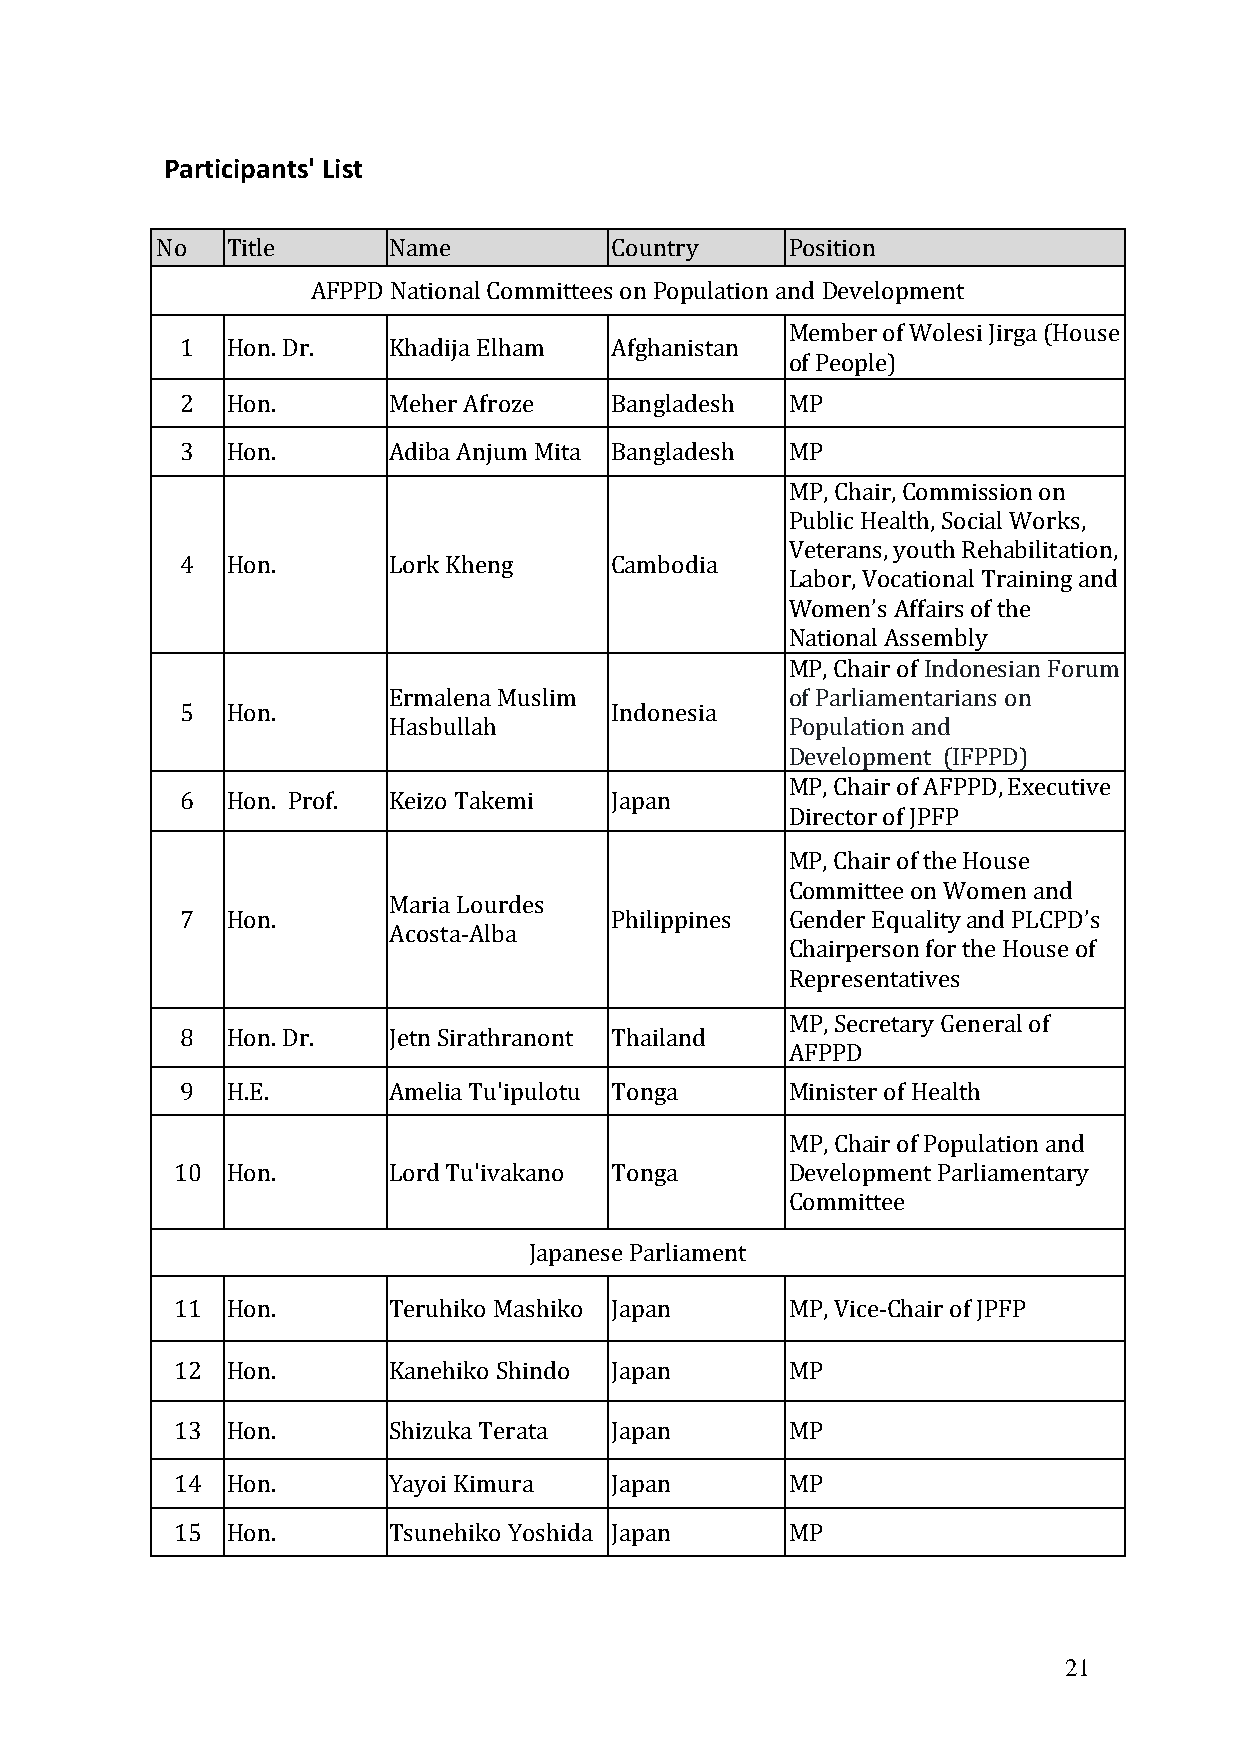
Participants' List
 No   Title      Name          Country     Position
 AFPPD National Committees on Population and Development
 Member of Wolesi Jirga (House
 1  Hon. Dr.   Khadija Elham Afghanistan
 of People)
 2  Hon.       Meher Afroze  Bangladesh  MP
 3  Hon.       Adiba Anjum Mita Bangladesh MP
 MP, Chair, Commission on
 Public Health, Social Works,
 Veterans, youth Rehabilitation,
 4  Hon.       Lork Kheng    Cambodia
 Labor, Vocational Training and
 Women’s Affairs of the
 National Assembly
 MP, Chair of Indonesian Forum
 Ermalena Muslim           of Parliamentarians on
 5  Hon.                     Indonesia
 Hasbullah                 Population and
 Development (IFPPD)
 MP, Chair of AFPPD, Executive
 6  Hon. Prof. Keizo Takemi  Japan
 Director of JPFP
 MP, Chair of the House
 Committee on Women and
 Maria Lourdes
 7  Hon.                     Philippines Gender Equality and PLCPD’s
 Acosta-Alba
 Chairperson for the House of
 Representatives
 MP, Secretary General of
 8  Hon. Dr.   Jetn Sirathranont Thailand
 AFPPD
 9  H.E.       Amelia Tu'ipulotu Tonga   Minister of Health
 MP, Chair of Population and
 10  Hon.       Lord Tu'ivakano Tonga     Development Parliamentary
 Committee
 Japanese Parliament
 11  Hon.       Teruhiko Mashiko Japan    MP, Vice-Chair of JPFP
 12  Hon.       Kanehiko Shindo Japan     MP
 13  Hon.       Shizuka Terata Japan      MP
 14  Hon.       Yayoi Kimura  Japan       MP
 15  Hon.       Tsunehiko Yoshida Japan   MP
 21